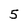
Character: 5